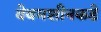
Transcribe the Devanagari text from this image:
वेबमशीनकडे